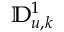
\mathbb { D } _ { u , k } ^ { 1 }